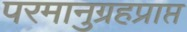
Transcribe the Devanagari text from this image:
परमानुग्रहप्राप्त